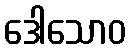
ဒေါသောဝ